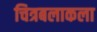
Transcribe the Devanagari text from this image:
चित्रबलाकला